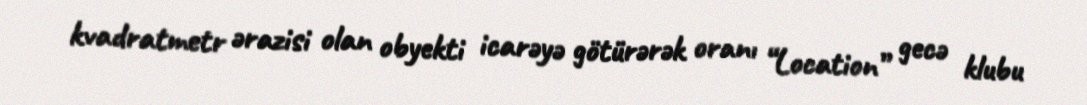
kvadratmetr ərazisi olan obyekti icarəyə götürərək oranı “Location” gecə klubu